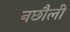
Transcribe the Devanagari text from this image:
नछौली